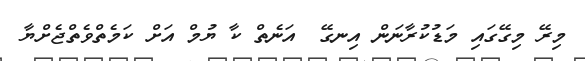
މިރޭ މިގޭގައި މަޑުކުރާނަން އިނގޭ  އަނެތް ކާ ޔުމް އަށް ކަމެތްވެތްޖެށްޔާ